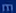
m